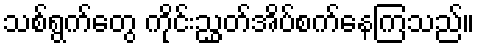
သစ်ရွက်တွေ ကိုင်းညွှတ်အိပ်စက်နေကြသည်။